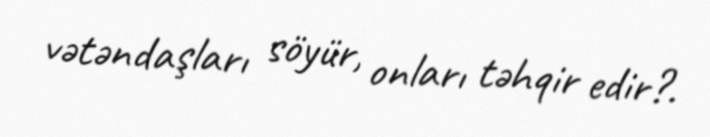
vətəndaşları söyür, onları təhqir edir?.